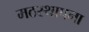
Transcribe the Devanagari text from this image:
मठस्थापना